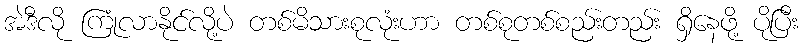
အဲဒီလို ကြုံလာနိုင်လို့ပဲ တစ်မိသားစုလုံးဟာ တစ်စုတစ်စည်းတည်း ရှိနေဖို့ ပိုပြီး